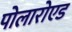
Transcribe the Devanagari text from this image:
पोलारोएड